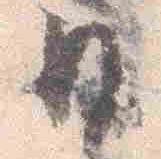
日